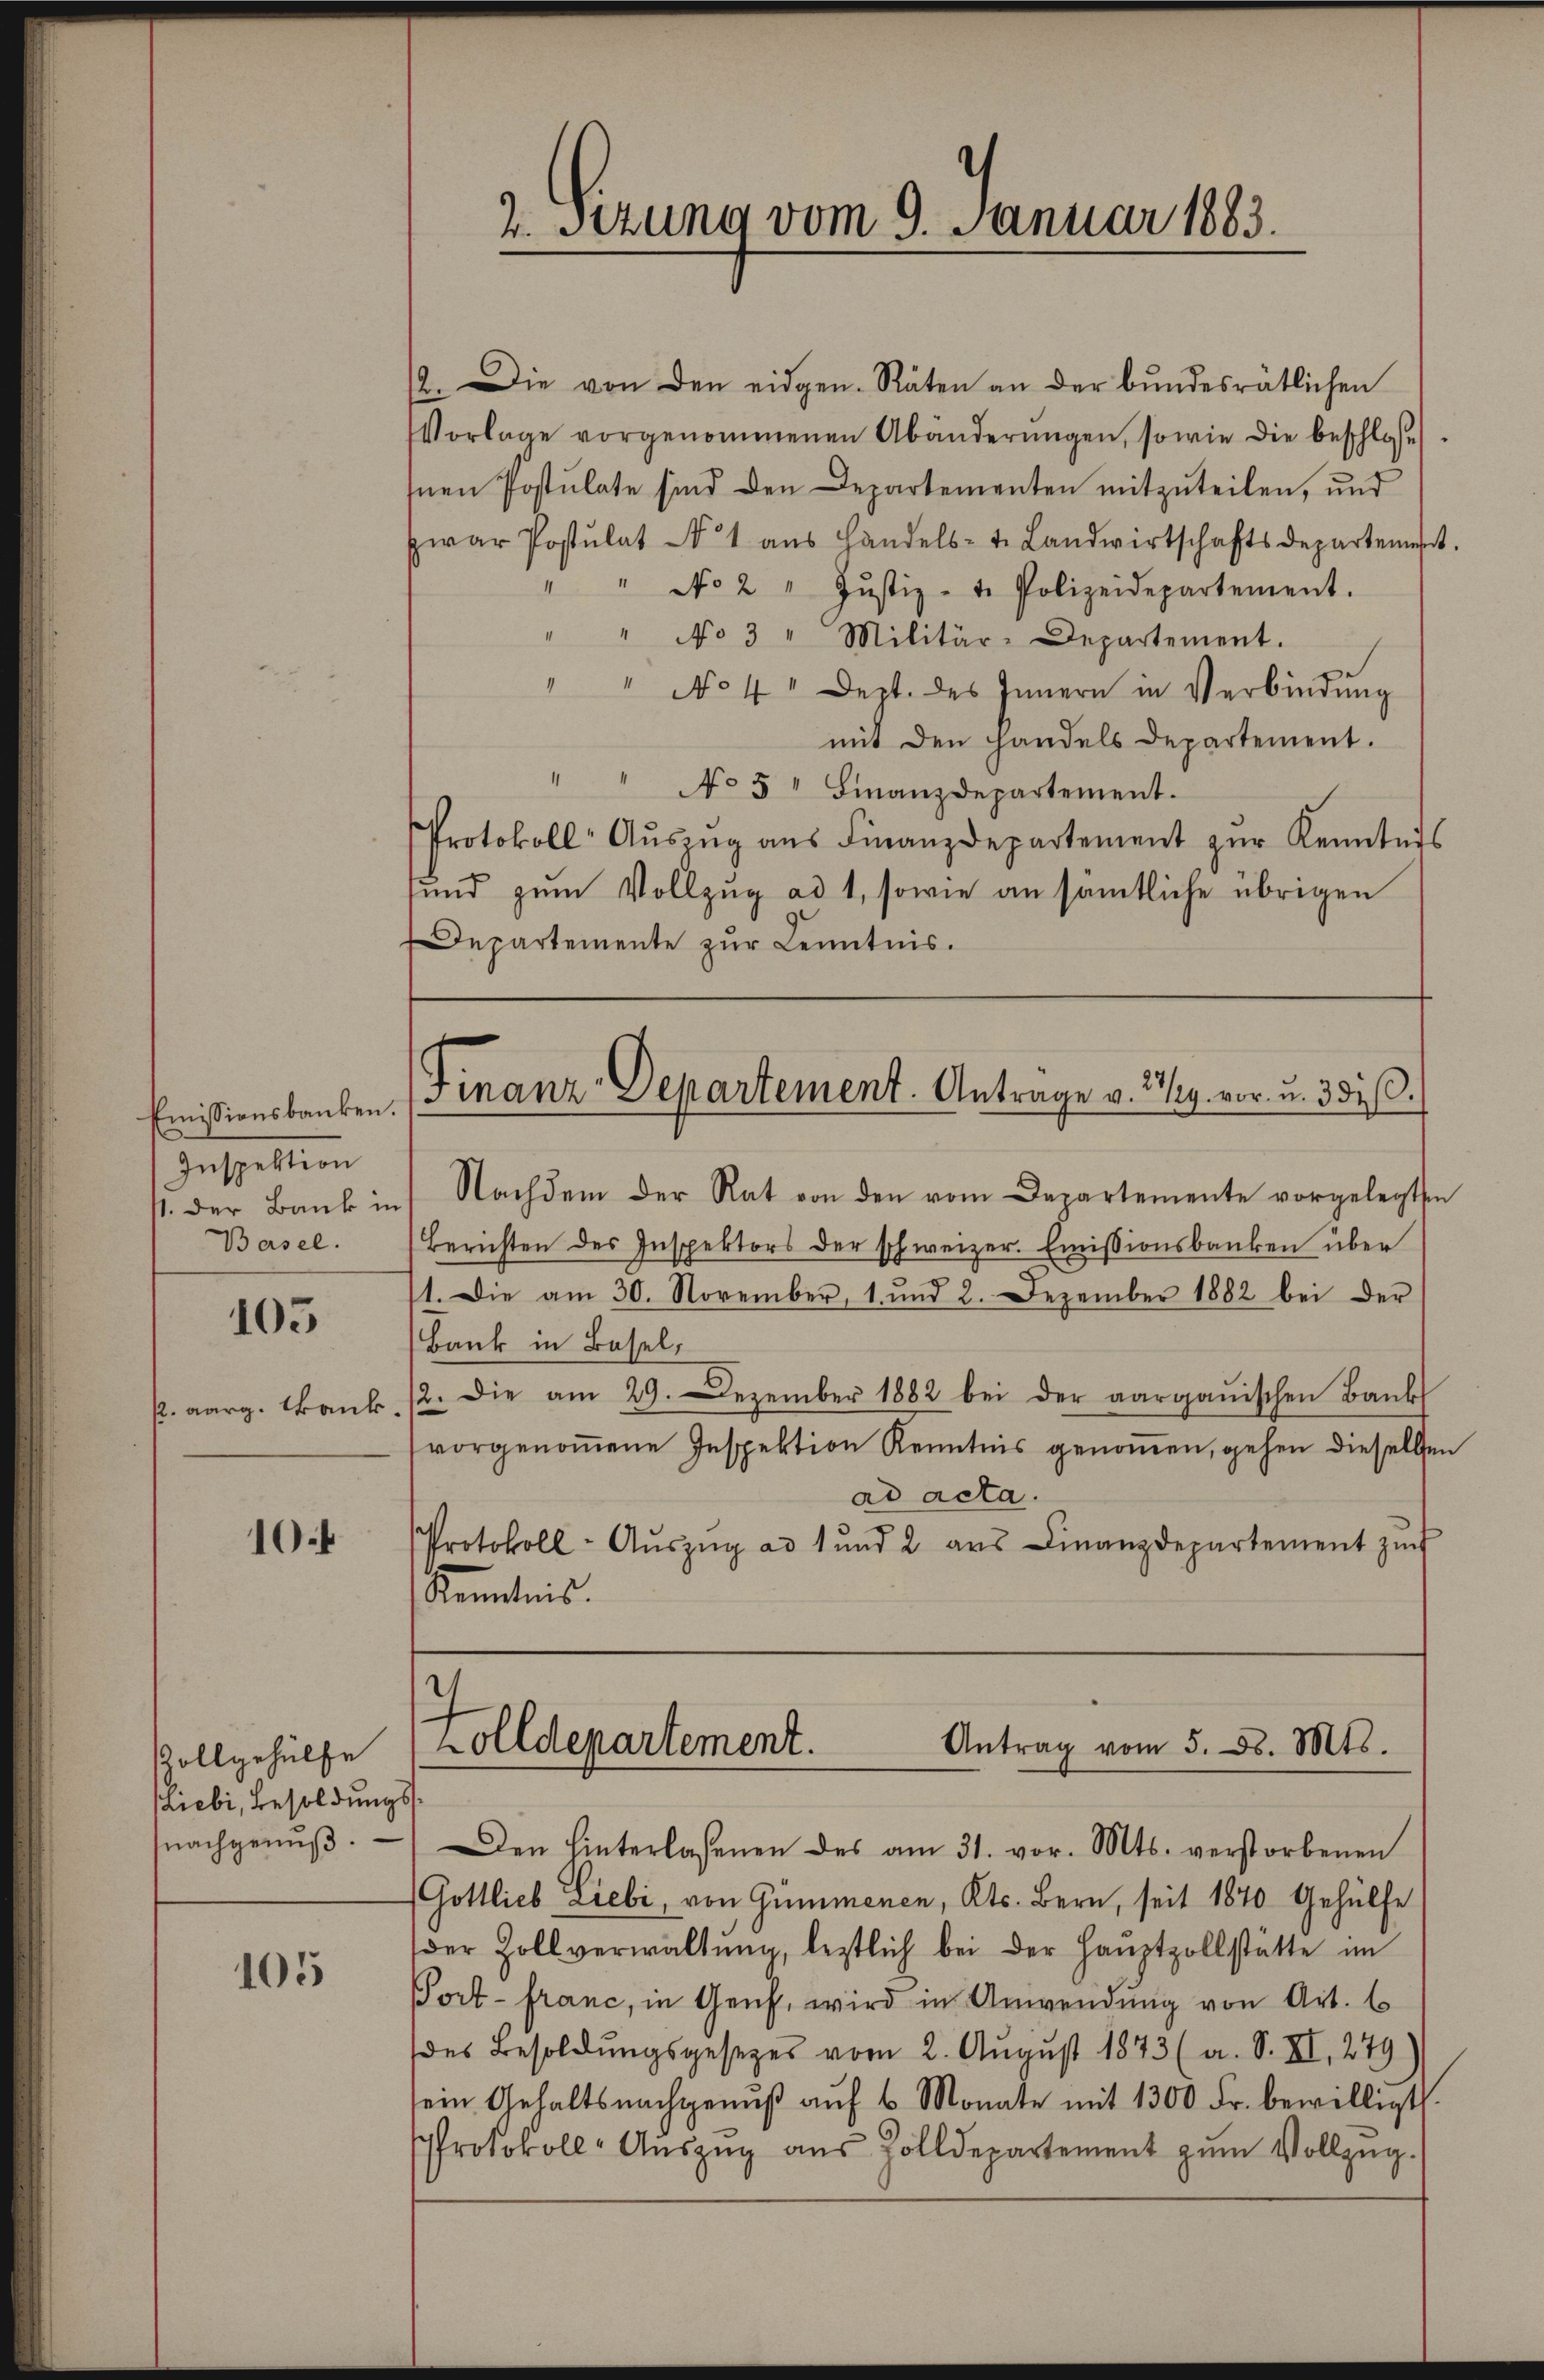
Emissionsbanken.
Inspektion
Basel.

105

2. aarg. Dank.

10.

Vollgehülfe
Miebi, Besoldungs
nachgenuß.

105

2. Setzung vom 9. Januar 1883.

12. Die von den eidgen. Räten an der bundesrätlichen
Vorlage vorgenommenen Abänderungen, sowie die beschlosse
Inen Postulate sind den Departementen mitzuteilen, und
zwar Postulat N 1 aŭs Handels- t. Landwirtschaftsdeparteme.
" No 2 " Jŭstiz - t. Polizeidepartement.
" No 3 " Militär-Departement.
No 4 Sept. des Innern in Verbindung
mit den handels Departement.
" " No 5 " Finanzdepartement.
Protokoll Aŭszŭg aŭs Finanzdepartement zŭr Kenntnis
sund zum Vollzug ad 1, sowie an sämtliche übrigen
Departemente zur Kenntnis.

Finanz-Departement. Antrage v. Wy vor. u. 351 (O.

st. Der Bank in Nachdem der Rat von den vom Departemente vorgelegten
Berichten des Inspektors der schweizer. Emissionsbanken über
1. Die am 30. November, 1. und 2. Dezember 1882 bei der
Bank in Basel,
12. Die am 29. Dezember 1882 bei der aargauischen Bank
vorgenomene Inspektion Kenntnis genomen, gehen dieselben
ad acta.
Protokoll- Aŭszŭg ad 1 und 2 aus Finanzdepartement zŭr
Kenntnis.

Zolldepartement.
Antrag vom 5. d. Mts.
Den hinterlassenen des am 31. vor. Mts. verstorbenen

(Gottlieb Liebi, von Gummenen, Kts. Bern, seit 1870 Gehülfe
der Zollverwaltŭng, leztlich bei der Haŭptzollstätte im
Port- franc, in Genf, wird in Anwendung von Art. 6
des Besoldŭngsgesetzes vom 2. August 1873 (a. S. XI, 279
sein Gehaltsnachgenŭβ aŭf 6 Monate mit 1300 Fr. bewilligt.
Protokoll-Aŭszŭg aŭs Zolldepartement zŭm Vollzug.